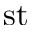
\mathrm { s t }